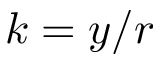
k = y / r